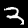
Label: 3